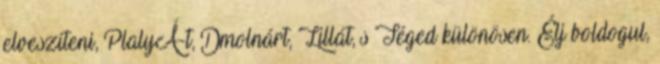
elveszíteni, PlalyÁ-t, Dmolnárt, Lillát, s Téged különösen. Élj boldogul,